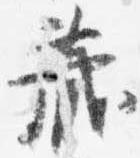
蔵